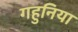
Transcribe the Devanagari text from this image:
गहुनिया